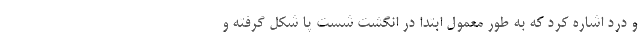
و درد اشاره کرد که به طور معمول ابتدا در انگشت شست پا شکل گرفته و